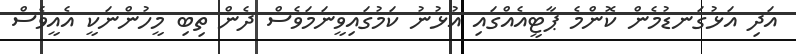
އަދި އަޅުގަނޑުމެން ކޮންމެ ޕާޓީއެއްގައި އުޅުނު ކަމުގައިވީނަމަވެސް ދެން ތިބި މީހުންނަކީ އެއީވެސް